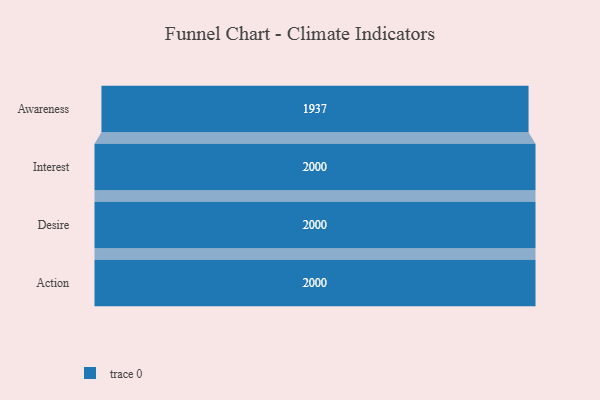
{"axis": {"x": "Stage", "y": "Value"}, "legend": [""], "data": [{"x": "Awareness", "y": 1937.0, "type": ""}, {"x": "Interest", "y": 2000, "type": ""}, {"x": "Desire", "y": 2000, "type": ""}, {"x": "Action", "y": 2000, "type": ""}]}